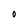
Character: O